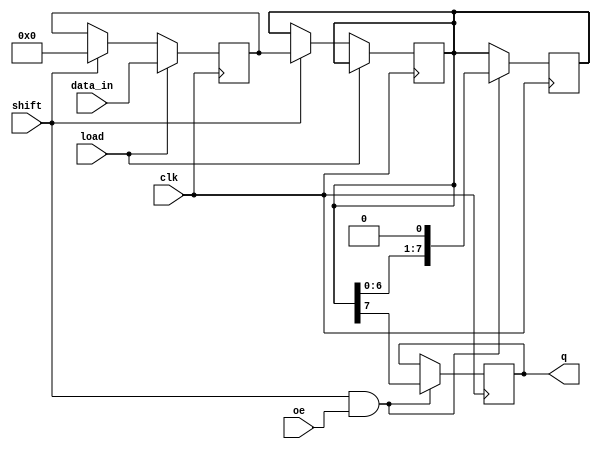
module TwoStagePISO (
    input wire [7:0] data_in,     // 8-bit parallel input data
    input wire load,              // Load control signal
    input wire shift,             // Shift control signal
    input wire clk,               // Clock signal
    input wire oe,                // Output Enable signal
    output reg q                  // Serial output
);

    // Stage 1: Parallel input latch
    reg [7:0] stage1;

    // Stage 2: Shift register
    reg [7:0] stage2;

    // Sequential logic for loading and shifting
    always @(posedge clk) begin
        if (load) begin
            // Load data into Stage 1
            stage1 <= data_in;
        end
        else if (shift) begin
            // Transfer data from Stage 1 to Stage 2 and shift
            stage2 <= stage1;
            stage1 <= 8'b0; // Clear Stage 1 after transfer
        end
    end

    // Serial output logic
    always @(posedge clk) begin
        if (shift && oe) begin
            // Shift out data from Stage 2
            q <= stage2[7];  // Output the MSB
            stage2 <= stage2 << 1; // Shift left for the next bit
        end
    end

endmodule